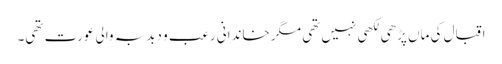
اقبال کی ماں پڑھی لکھی نہیں تھی مگر خاندانی رعب و دبدبہ والی عورت تھی۔